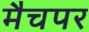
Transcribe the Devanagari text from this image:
मैचपर